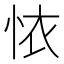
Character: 𢙇